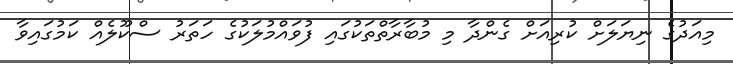
މިއަދުގެ ނިޔަލަށް ކުރިއަށް ގެންދާ މި މުބާރާތްތަކުގައި ފުވައްމުލަކުގެ ހަތަރު ސްކޫލެއް ކަމުގައިވާ